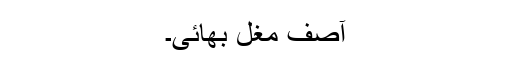
آصف مغل بھائی۔